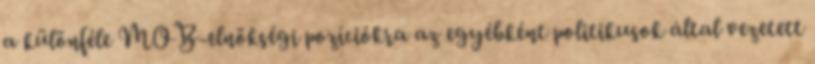
a különféle MOB-elnökségi pozíciókra az egyébként politikusok által vezetett